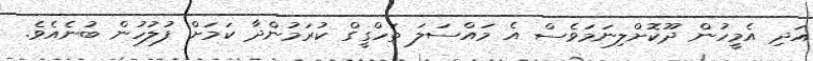
އަދި އެމީހުން ދޫކޮށްލިނަމަވެސް އެ މައްސަލަ ތަހްގީގް ކުރަމުންދާ ކަމަށް ފުލުހުން ބުނެއެވެ.